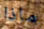
ماذا